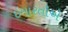
ઇમારતોએ